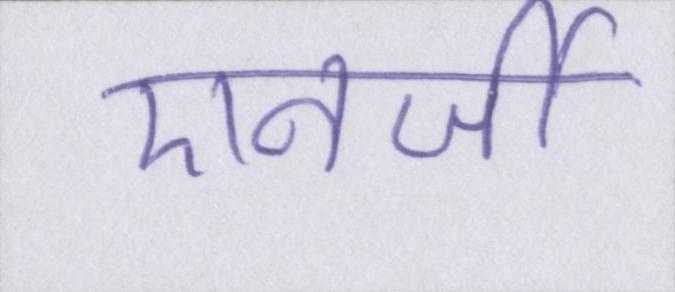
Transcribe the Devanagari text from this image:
एनर्जी